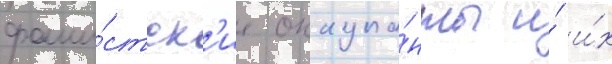
фаши́стск'ие оккупа́нты и́ и́х